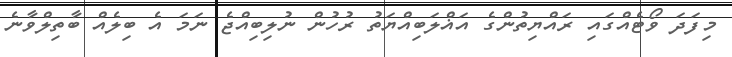
މިފަދަ ވޯޓެއްގައި ރައްޔިތުންގެ އަޣްލަބިއްޔަތު ރުހުން ނުލިބިއްޖެ ނަމަ އެ ބިލެއް ބާތިލްވާނެ